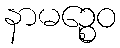
နာမဉ္စေဝ